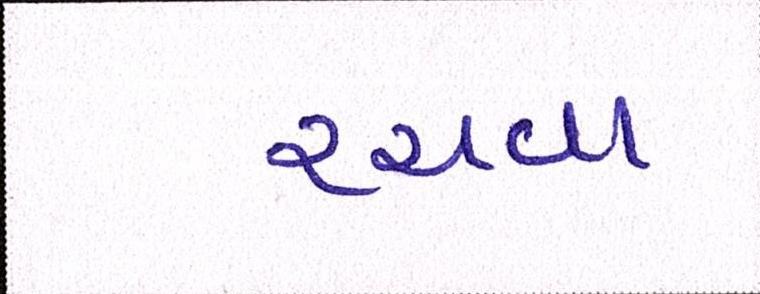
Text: રચવા